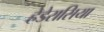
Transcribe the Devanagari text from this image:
हेडेरासिया